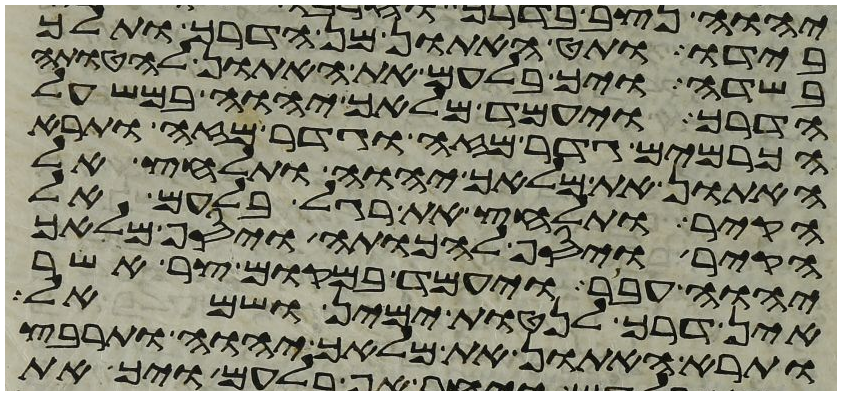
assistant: בידו ותט האתון מן הדרך ותלך
בשדה ויך בלעם את האתון להטותה
הדרך ויעמד מלאך יהוה במשעל
הכרמים גדר מזה וגדר מזה ותרא
האתון את מלאך יהוה ותלחץ אל
הקיר ותלחץ את רגל בלעם אל
הקיר ויסף להכותה ויסף מלאך
יהוה עבר ויעמד במקום צר אשר
אין דרך לנטות ימין ושמאל
ותרא האתון את מלאך יהוה ותרבץ